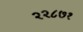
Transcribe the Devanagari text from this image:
२२८७१